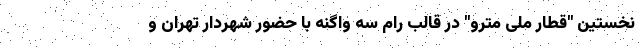
نخستین "قطار ملی مترو" در قالب رام سه واگنه با حضور شهردار تهران و